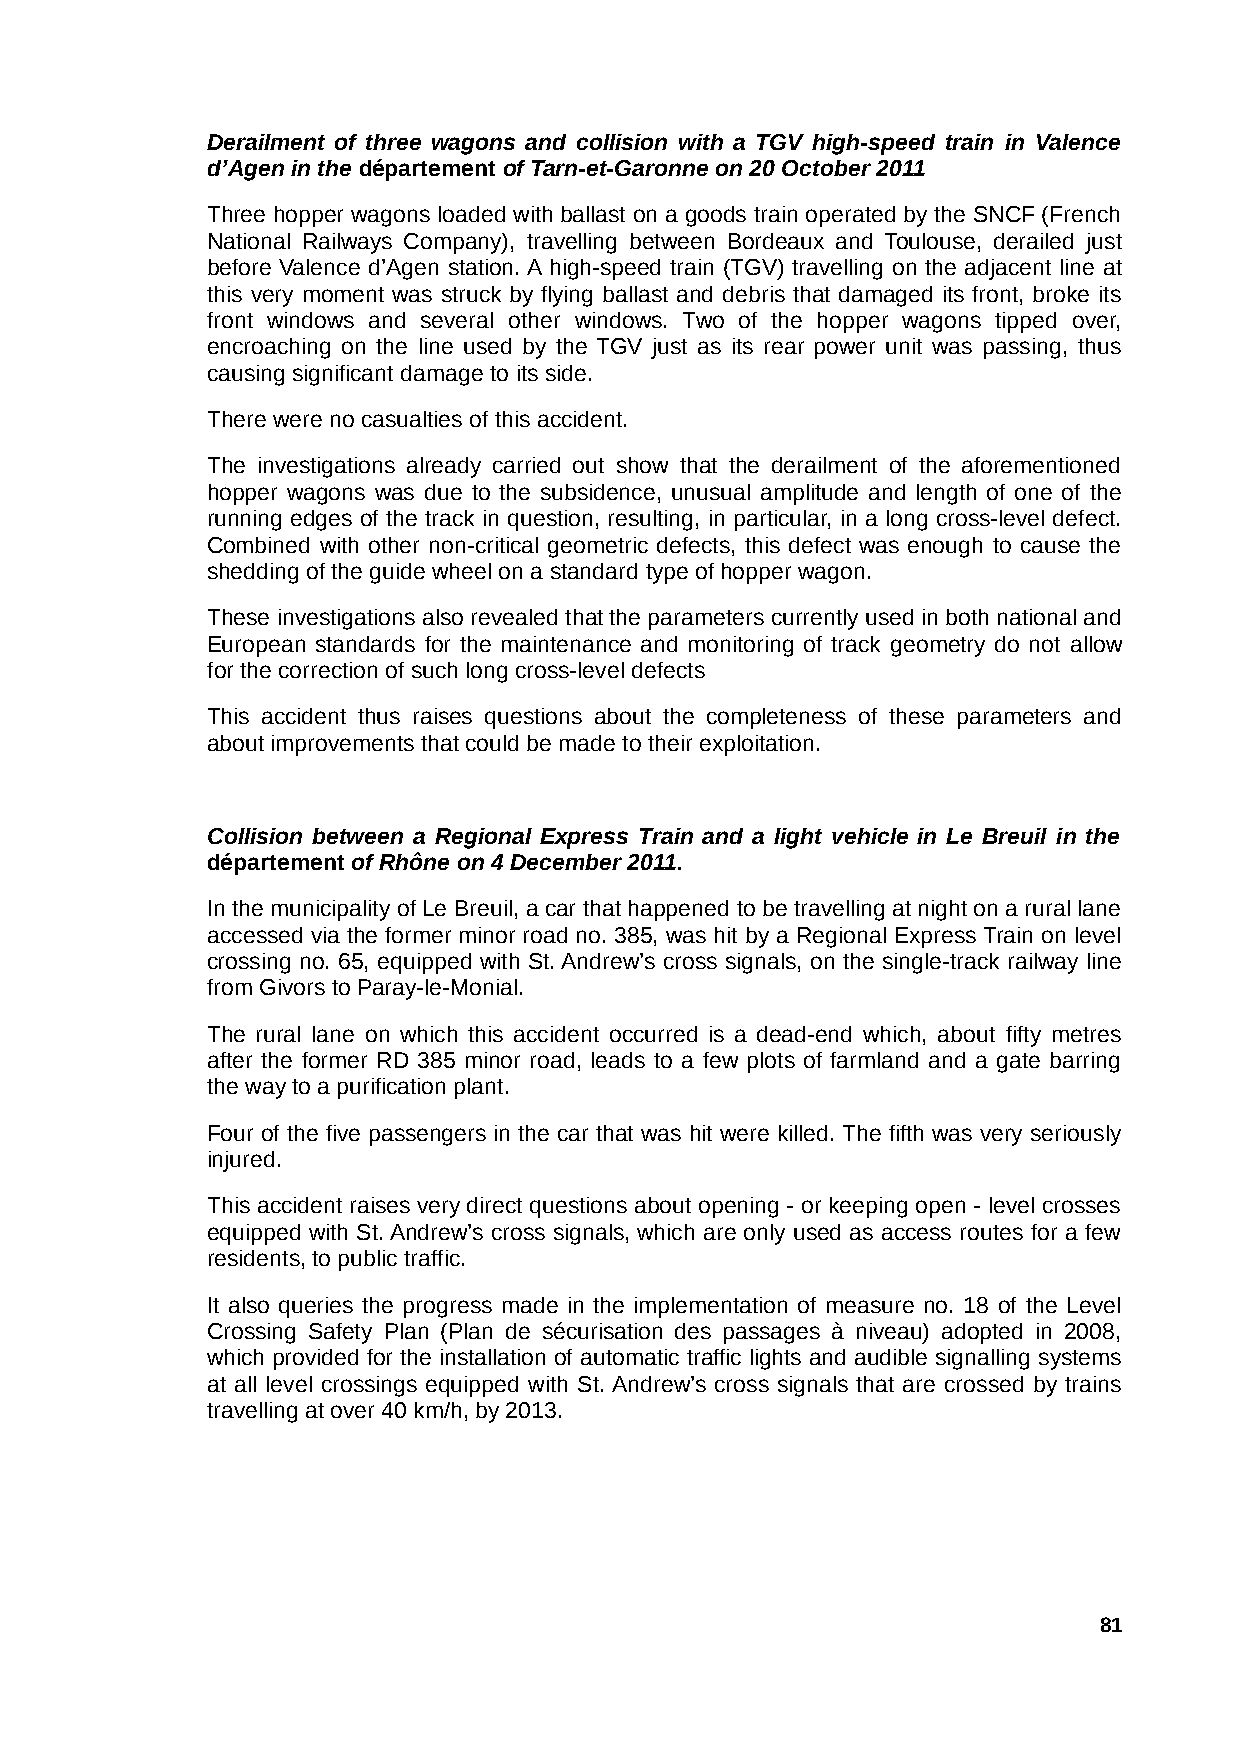
Derailment of three wagons and collision with a TGV high-speed train in Valence
 d’Agen in the département of Tarn-et-Garonne on 20 October 2011
 Three hopper wagons loaded with ballast on a goods train operated by the SNCF (French
 National Railways Company), travelling between Bordeaux and Toulouse, derailed just
 before Valence d’Agen station. A high-speed train (TGV) travelling on the adjacent line at
 this very moment was struck by flying ballast and debris that damaged its front, broke its
 front windows and several other windows. Two of the hopper wagons tipped over,
 encroaching on the line used by the TGV just as its rear power unit was passing, thus
 causing significant damage to its side.
 There were no casualties of this accident.
 The investigations already carried out show that the derailment of the aforementioned
 hopper wagons was due to the subsidence, unusual amplitude and length of one of the
 running edges of the track in question, resulting, in particular, in a long cross-level defect.
 Combined with other non-critical geometric defects, this defect was enough to cause the
 shedding of the guide wheel on a standard type of hopper wagon.
 These investigations also revealed that the parameters currently used in both national and
 European standards for the maintenance and monitoring of track geometry do not allow
 for the correction of such long cross-level defects
 This accident thus raises questions about the completeness of these parameters and
 about improvements that could be made to their exploitation.
 Collision between a Regional Express Train and a light vehicle in Le Breuil in the
 département of Rhône on 4 December 2011.
 In the municipality of Le Breuil, a car that happened to be travelling at night on a rural lane
 accessed via the former minor road no. 385, was hit by a Regional Express Train on level
 crossing no. 65, equipped with St. Andrew’s cross signals, on the single-track railway line
 from Givors to Paray-le-Monial.
 The rural lane on which this accident occurred is a dead-end which, about fifty metres
 after the former RD 385 minor road, leads to a few plots of farmland and a gate barring
 the way to a purification plant.
 Four of the five passengers in the car that was hit were killed. The fifth was very seriously
 injured.
 This accident raises very direct questions about opening - or keeping open - level crosses
 equipped with St. Andrew’s cross signals, which are only used as access routes for a few
 residents, to public traffic.
 It also queries the progress made in the implementation of measure no. 18 of the Level
 Crossing Safety Plan (Plan de sécurisation des passages à niveau) adopted in 2008,
 which provided for the installation of automatic traffic lights and audible signalling systems
 at all level crossings equipped with St. Andrew’s cross signals that are crossed by trains
 travelling at over 40 km/h, by 2013.
 81